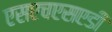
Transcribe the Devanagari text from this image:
एसएचएसएडी